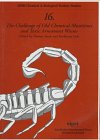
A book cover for The Challenge of Old Chemical Munitions and Toxic Armament Wastes (SIPRI Chemical and Biological Warfare Studies); Science & Math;